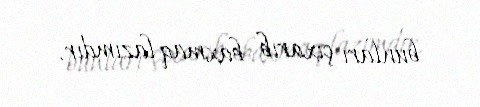
bunları çıxarıb baxmaq lazımdır.